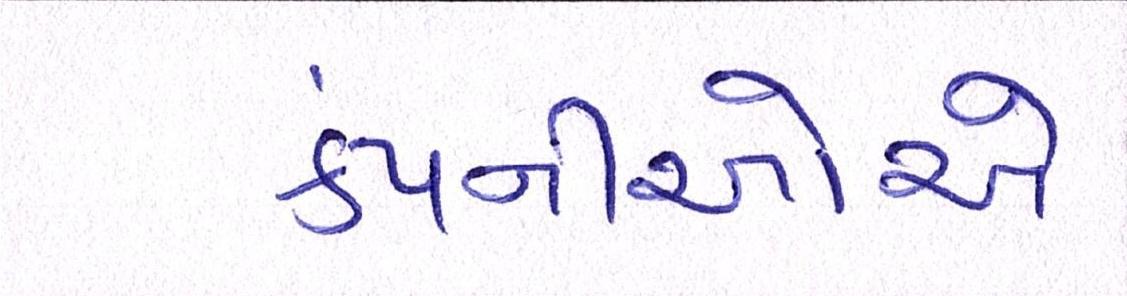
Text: કંપનીઓએ